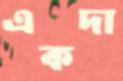
একদা